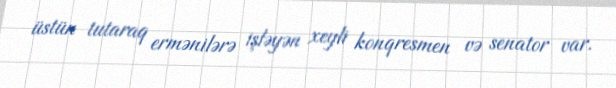
üstün tutaraq ermənilərə işləyən xeyli konqresmen və senator var.